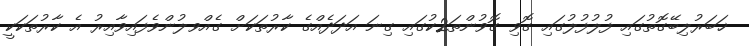
ޚަބަރުލިބޭގޮތުގައި ފުލުފުލުގައި ގޮވި ގޮވުންތ2ަކުގައި ގިނަ އަދަދެއްގެ ކާރުތަކަށް ގެއްވލުންވެފައިވާއިރު އެ ކާރުތަކަކީ